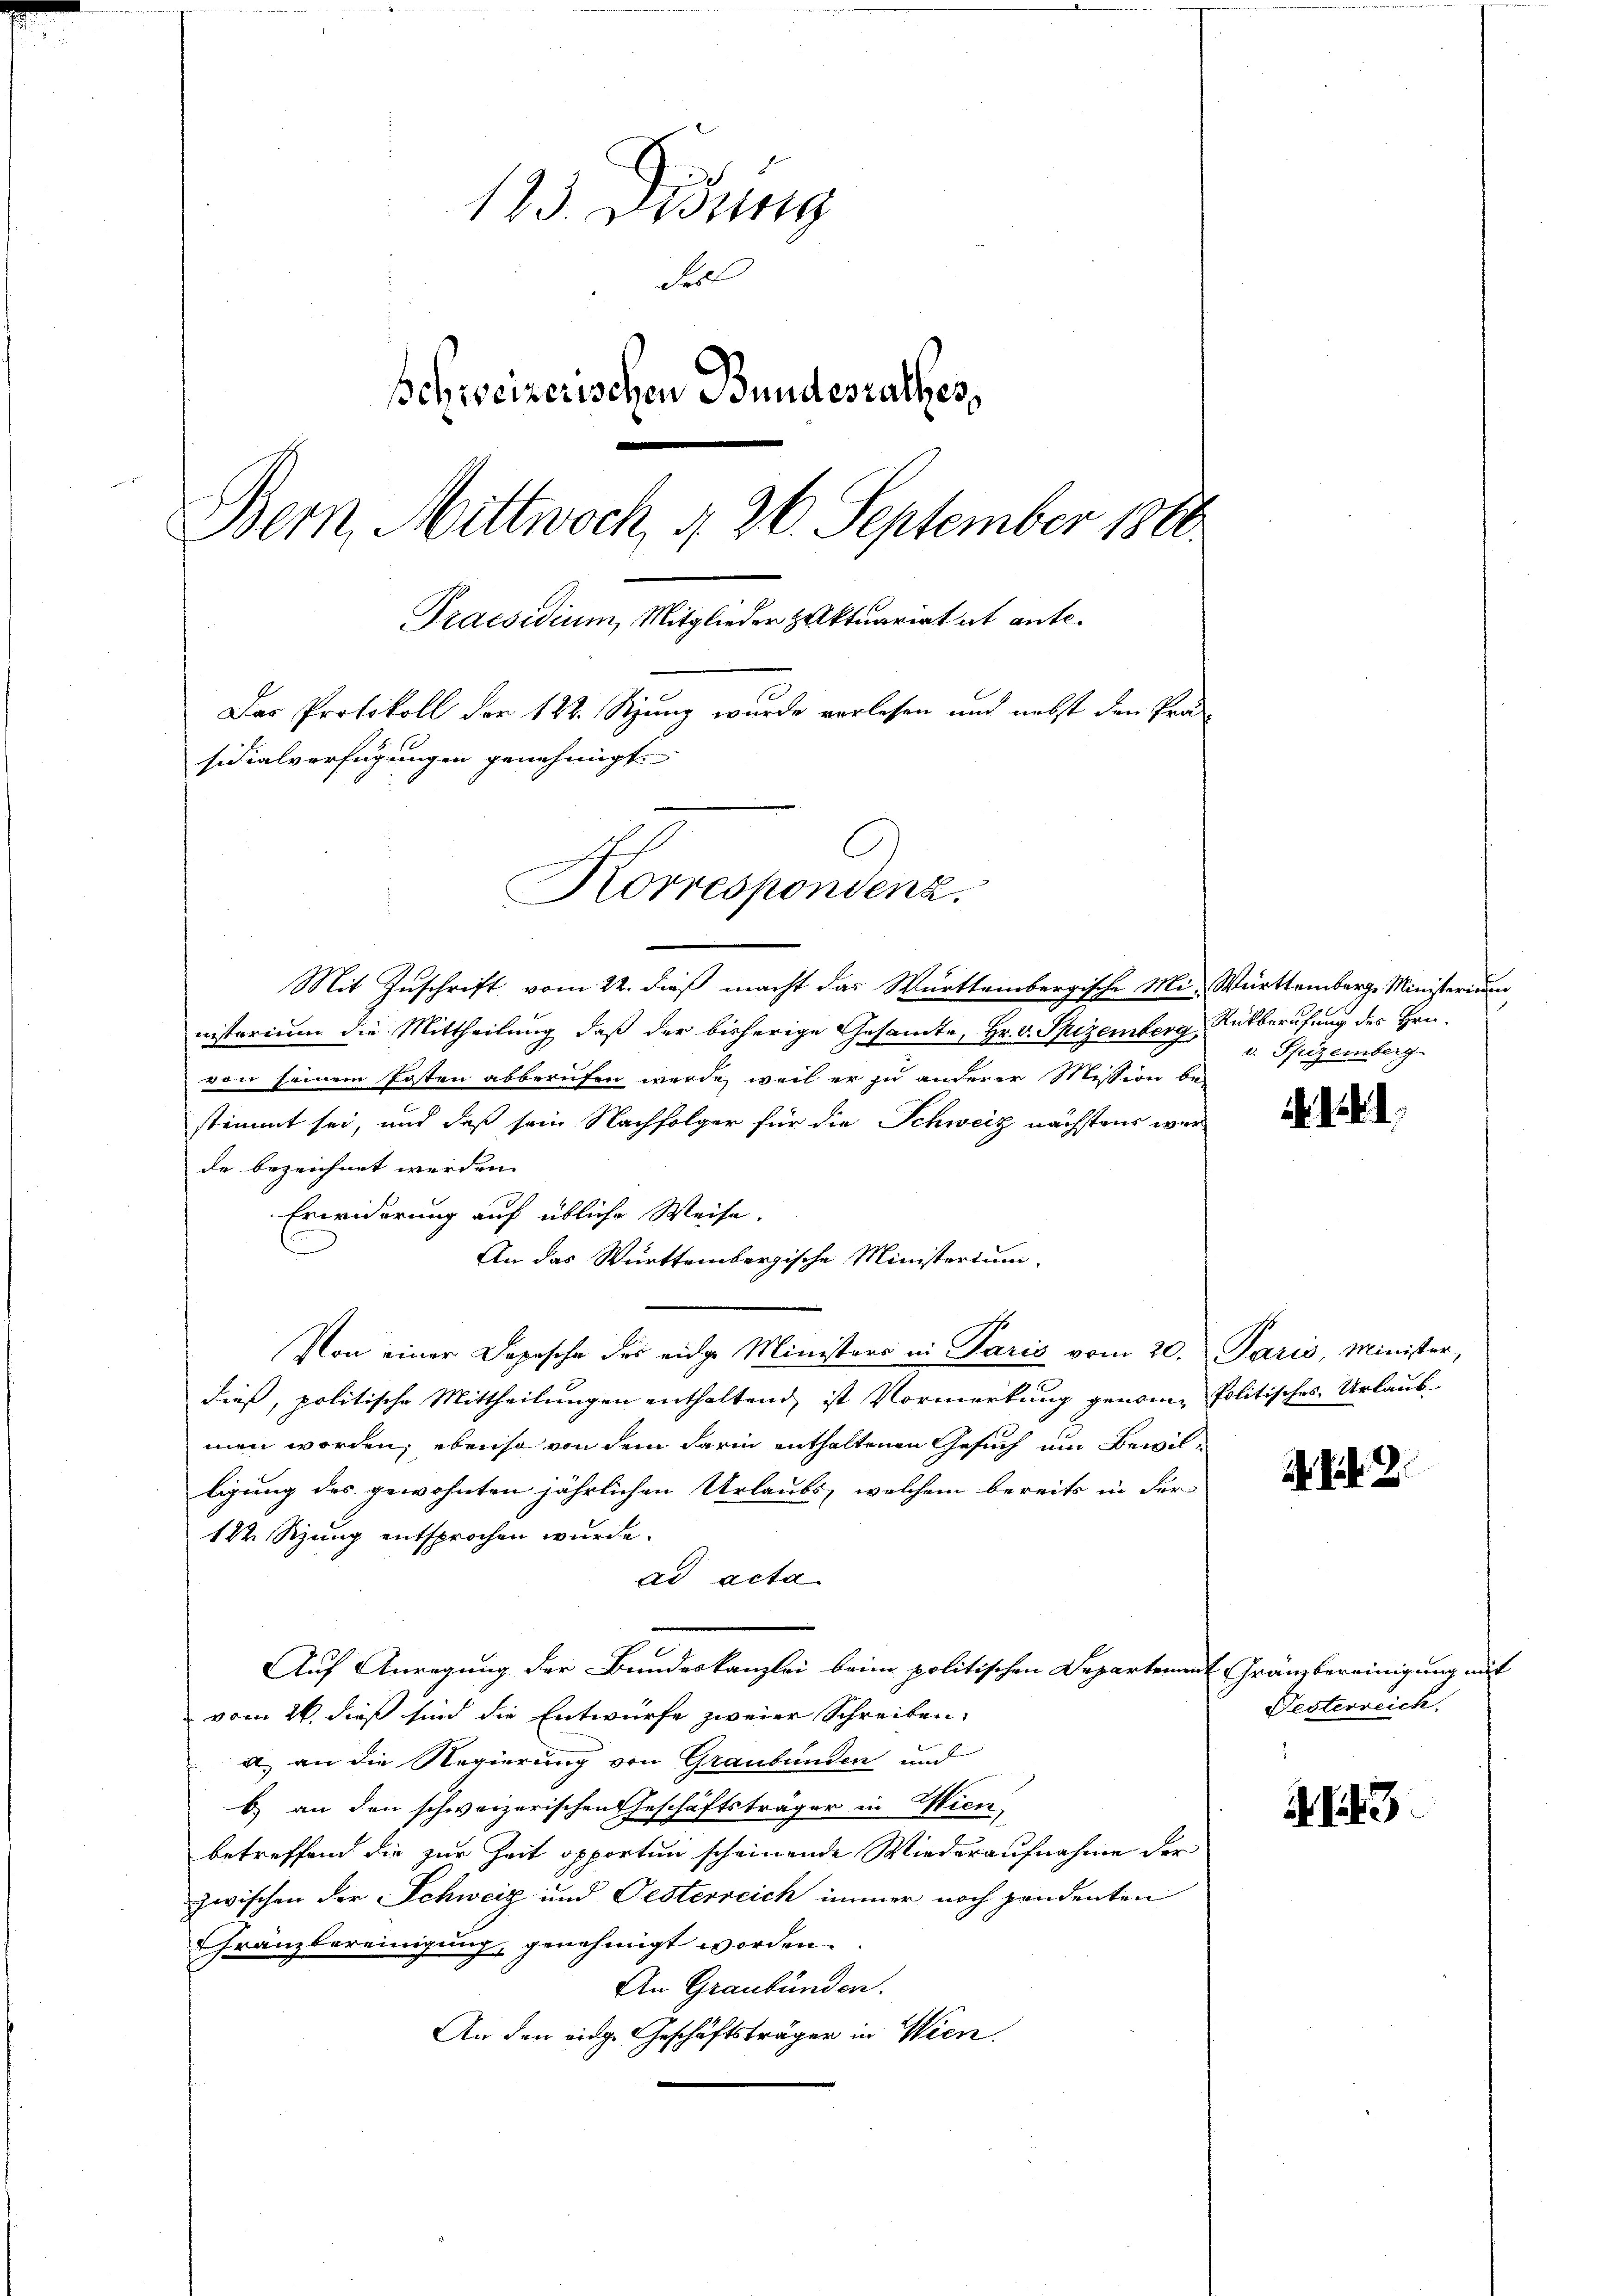
123. Didung
Seil
schweizerischen Bundesrathes,
Bern, Mittwoch, d. 26. September 1880
Praesidium, Mitglieder Zuktuariat et ante.
Das Protokoll der 122. Szung wurde verlesen und nebst den Prosidialverfügungen genehmigt.
Korrespondenz.

Mit Zuschrift vom 22. dieß macht das Württembergische Mi-Württemberge Ministerium
nisterium die Mittheilung, daß der bisherige Gesamte, Hr. v. Spizemberg, Rückberufung des Hrn.
von seinem Posten abberufen werde, weil er zu anderer Mission bestimmt sei, und daß sein Nachfolger für die Schweiz nächstens werde bezeichnet werden.
Erwiderung auf übliche Weise.
An das Württembergische Ministerium
Von einer Depesche des eidge Ministers in Paris vom 20. Paris, Minister,
dieß, politische Mittheilungen enthaltend, ist Vormerkung genomme Politisches Urlaub
men worden; ebenso von dem darin enthaltenen Gesuch um Bewilligung des gewohnten jährlichen Urlaubs, welchem bereits in der
12 Szung entsprochen wurde.
ad acta
Auf Anregung der Bundeskanzlei beim politischen Departement Gränzbereinigung mit
vom 26. dieß sind die Entwurfe zweier Schreiben
a an die Regierung von Graubünden und
b) an den schweizerischen Geschäftsträger in Wien
betreffend die zur Zeit opporten scheinende Wiederaufnahme der
zwischen der Schweiz und Gesterreich immer noch pendenten
Gränzbereinigung, genehmigt worden.
An Graubünden.
An den einge Geschäftsträger in Wien.

v. Spizemberg-

2. Feb. 2.

Festerreich.

3